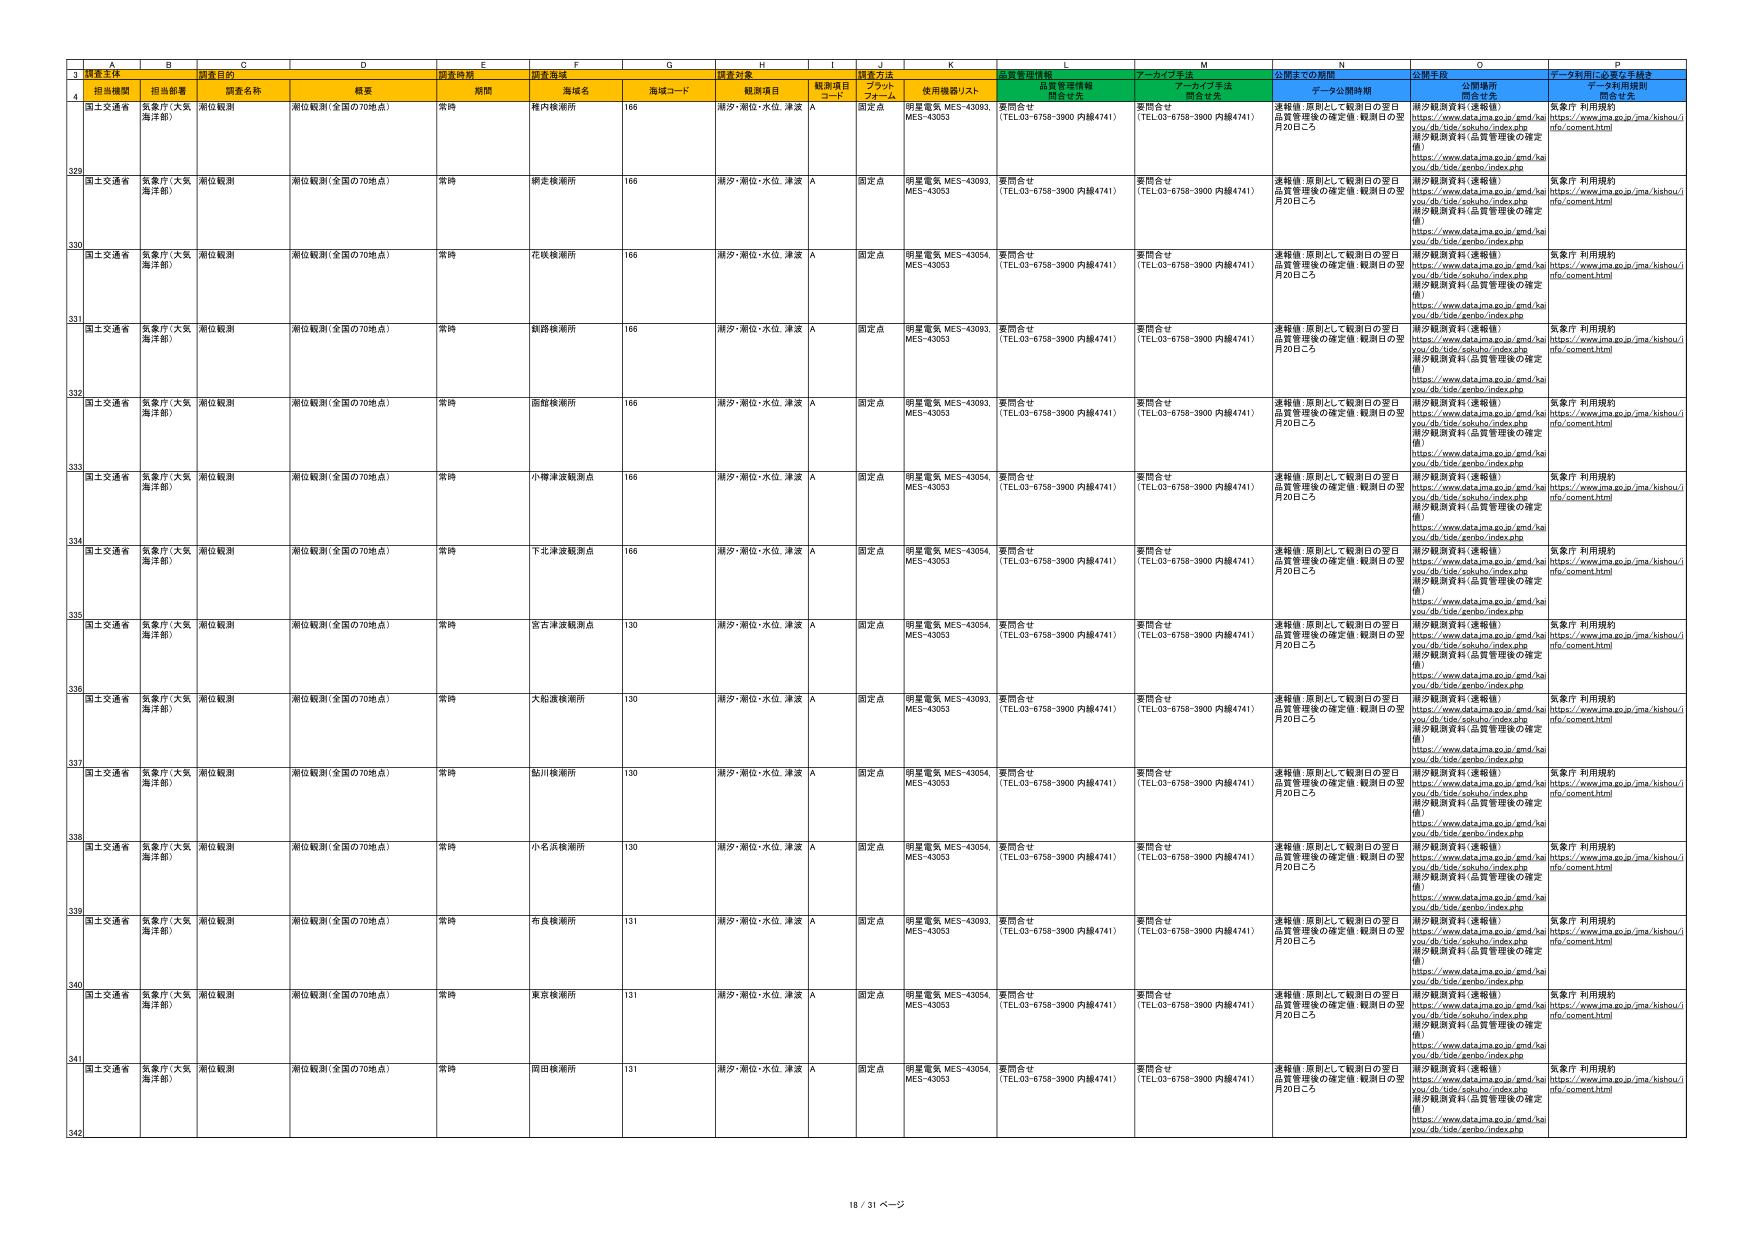
3 観測主体 調査目的 調査時期 調査海域 調査対象 調査方法 品質管理情報 アーカイブ手法 公開までの期間 公開手段 データ利用に必要な手続き
4 担当機関 担当部署 調査名称 概要 期間 海域名 海域コード 観測項目 観測項目 コード ブラック フォール 使用機器リスト 問合せ先 問合せ先 問合せ先 問合せ先
329 国土交通省 気象庁（大阪海洋部） 潮位観測 潮位観測（全国の70地点） 常時 梅内検潮所 166 潮汐・潮位・水位、津波 A 固定点 明星電気 MES-43093 MES-43053 要問合せ （TEL03-6758-3900 内線4741） 要問合せ （TEL03-6758-3900 内線4741） 連絡後、原則として観測日の翌日品質管理後の確定値、観測日の翌月20日ごろ 潮汐観測資料（速報値） https://www.data.jma.go.jp/gmd/ha you/db/tide/sokuhu/index.php 潮汐観測資料（品質管理後の確定値） https://www.data.jma.go.jp/gmd/ha you/db/tide/zenbo/index.php 気象庁 利用規約 https://www.jma.go.jp/jma/kishou/i nfo/comment.html
330 国土交通省 気象庁（大阪海洋部） 潮位観測 潮位観測（全国の70地点） 常時 網走検潮所 166 潮汐・潮位・水位、津波 A 固定点 明星電気 MES-43093 MES-43053 要問合せ （TEL03-6758-3900 内線4741） 要問合せ （TEL03-6758-3900 内線4741） 連絡後、原則として観測日の翌日品質管理後の確定値、観測日の翌月20日ごろ 潮汐観測資料（速報値） https://www.data.jma.go.jp/gmd/ha you/db/tide/sokuhu/index.php 潮汐観測資料（品質管理後の確定値） https://www.data.jma.go.jp/gmd/ha you/db/tide/zenbo/index.php 気象庁 利用規約 https://www.jma.go.jp/jma/kishou/i nfo/comment.html
331 国土交通省 気象庁（大阪海洋部） 潮位観測 潮位観測（全国の70地点） 常時 花咲検潮所 166 潮汐・潮位・水位、津波 A 固定点 明星電気 MES-43054 MES-43053 要問合せ （TEL03-6758-3900 内線4741） 要問合せ （TEL03-6758-3900 内線4741） 連絡後、原則として観測日の翌日品質管理後の確定値、観測日の翌月20日ごろ 潮汐観測資料（速報値） https://www.data.jma.go.jp/gmd/ha you/db/tide/sokuhu/index.php 潮汐観測資料（品質管理後の確定値） https://www.data.jma.go.jp/gmd/ha you/db/tide/zenbo/index.php 気象庁 利用規約 https://www.jma.go.jp/jma/kishou/i nfo/comment.html
332 国土交通省 気象庁（大阪海洋部） 潮位観測 潮位観測（全国の70地点） 常時 鉢路検潮所 166 潮汐・潮位・水位、津波 A 固定点 明星電気 MES-43093 MES-43053 要問合せ （TEL03-6758-3900 内線4741） 要問合せ （TEL03-6758-3900 内線4741） 連絡後、原則として観測日の翌日品質管理後の確定値、観測日の翌月20日ごろ 潮汐観測資料（速報値） https://www.data.jma.go.jp/gmd/ha you/db/tide/sokuhu/index.php 潮汐観測資料（品質管理後の確定値） https://www.data.jma.go.jp/gmd/ha you/db/tide/zenbo/index.php 気象庁 利用規約 https://www.jma.go.jp/jma/kishou/i nfo/comment.html
333 国土交通省 気象庁（大阪海洋部） 潮位観測 潮位観測（全国の70地点） 常時 面財検潮所 166 潮汐・潮位・水位、津波 A 固定点 明星電気 MES-43093 MES-43053 要問合せ （TEL03-6758-3900 内線4741） 要問合せ （TEL03-6758-3900 内線4741） 連絡後、原則として観測日の翌日品質管理後の確定値、観測日の翌月20日ごろ 潮汐観測資料（速報値） https://www.data.jma.go.jp/gmd/ha you/db/tide/sokuhu/index.php 潮汐観測資料（品質管理後の確定値） https://www.data.jma.go.jp/gmd/ha you/db/tide/zenbo/index.php 気象庁 利用規約 https://www.jma.go.jp/jma/kishou/i nfo/comment.html
334 国土交通省 気象庁（大阪海洋部） 潮位観測 潮位観測（全国の70地点） 常時 小樽津波観測点 166 潮汐・潮位・水位、津波 A 固定点 明星電気 MES-43054 MES-43053 要問合せ （TEL03-6758-3900 内線4741） 要問合せ （TEL03-6758-3900 内線4741） 連絡後、原則として観測日の翌日品質管理後の確定値、観測日の翌月20日ごろ 潮汐観測資料（速報値） https://www.data.jma.go.jp/gmd/ha you/db/tide/sokuhu/index.php 潮汐観測資料（品質管理後の確定値） https://www.data.jma.go.jp/gmd/ha you/db/tide/zenbo/index.php 気象庁 利用規約 https://www.jma.go.jp/jma/kishou/i nfo/comment.html
335 国土交通省 気象庁（大阪海洋部） 潮位観測 潮位観測（全国の70地点） 常時 下北津波観測点 166 潮汐・潮位・水位、津波 A 固定点 明星電気 MES-43054 MES-43053 要問合せ （TEL03-6758-3900 内線4741） 要問合せ （TEL03-6758-3900 内線4741） 連絡後、原則として観測日の翌日品質管理後の確定値、観測日の翌月20日ごろ 潮汐観測資料（速報値） https://www.data.jma.go.jp/gmd/ha you/db/tide/sokuhu/index.php 潮汐観測資料（品質管理後の確定値） https://www.data.jma.go.jp/gmd/ha you/db/tide/zenbo/index.php 気象庁 利用規約 https://www.jma.go.jp/jma/kishou/i nfo/comment.html
336 国土交通省 気象庁（大阪海洋部） 潮位観測 潮位観測（全国の70地点） 常時 宮古津波観測点 130 潮汐・潮位・水位、津波 A 固定点 明星電気 MES-43054 MES-43053 要問合せ （TEL03-6758-3900 内線4741） 要問合せ （TEL03-6758-3900 内線4741） 連絡後、原則として観測日の翌日品質管理後の確定値、観測日の翌月20日ごろ 潮汐観測資料（速報値） https://www.data.jma.go.jp/gmd/ha you/db/tide/sokuhu/index.php 潮汐観測資料（品質管理後の確定値） https://www.data.jma.go.jp/gmd/ha you/db/tide/zenbo/index.php 気象庁 利用規約 https://www.jma.go.jp/jma/kishou/i nfo/comment.html
337 国土交通省 気象庁（大阪海洋部） 潮位観測 潮位観測（全国の70地点） 常時 大和渡検潮所 130 潮汐・潮位・水位、津波 A 固定点 明星電気 MES-43093 MES-43053 要問合せ （TEL03-6758-3900 内線4741） 要問合せ （TEL03-6758-3900 内線4741） 連絡後、原則として観測日の翌日品質管理後の確定値、観測日の翌月20日ごろ 潮汐観測資料（速報値） https://www.data.jma.go.jp/gmd/ha you/db/tide/sokuhu/index.php 潮汐観測資料（品質管理後の確定値） https://www.data.jma.go.jp/gmd/ha you/db/tide/zenbo/index.php 気象庁 利用規約 https://www.jma.go.jp/jma/kishou/i nfo/comment.html
338 国土交通省 気象庁（大阪海洋部） 潮位観測 潮位観測（全国の70地点） 常時 鮎川検潮所 130 潮汐・潮位・水位、津波 A 固定点 明星電気 MES-43054 MES-43053 要問合せ （TEL03-6758-3900 内線4741） 要問合せ （TEL03-6758-3900 内線4741） 連絡後、原則として観測日の翌日品質管理後の確定値、観測日の翌月20日ごろ 潮汐観測資料（速報値） https://www.data.jma.go.jp/gmd/ha you/db/tide/sokuhu/index.php 潮汐観測資料（品質管理後の確定値） https://www.data.jma.go.jp/gmd/ha you/db/tide/zenbo/index.php 気象庁 利用規約 https://www.jma.go.jp/jma/kishou/i nfo/comment.html
339 国土交通省 気象庁（大阪海洋部） 潮位観測 潮位観測（全国の70地点） 常時 小名浜検潮所 130 潮汐・潮位・水位、津波 A 固定点 明星電気 MES-43054 MES-43053 要問合せ （TEL03-6758-3900 内線4741） 要問合せ （TEL03-6758-3900 内線4741） 連絡後、原則として観測日の翌日品質管理後の確定値、観測日の翌月20日ごろ 潮汐観測資料（速報値） https://www.data.jma.go.jp/gmd/ha you/db/tide/sokuhu/index.php 潮汐観測資料（品質管理後の確定値） https://www.data.jma.go.jp/gmd/ha you/db/tide/zenbo/index.php 気象庁 利用規約 https://www.jma.go.jp/jma/kishou/i nfo/comment.html
340 国土交通省 気象庁（大阪海洋部） 潮位観測 潮位観測（全国の70地点） 常時 布良検潮所 131 潮汐・潮位・水位、津波 A 固定点 明星電気 MES-43093 MES-43053 要問合せ （TEL03-6758-3900 内線4741） 要問合せ （TEL03-6758-3900 内線4741） 連絡後、原則として観測日の翌日品質管理後の確定値、観測日の翌月20日ごろ 潮汐観測資料（速報値） https://www.data.jma.go.jp/gmd/ha you/db/tide/sokuhu/index.php 潮汐観測資料（品質管理後の確定値） https://www.data.jma.go.jp/gmd/ha you/db/tide/zenbo/index.php 気象庁 利用規約 https://www.jma.go.jp/jma/kishou/i nfo/comment.html
341 国土交通省 気象庁（大阪海洋部） 潮位観測 潮位観測（全国の70地点） 常時 東京検潮所 131 潮汐・潮位・水位、津波 A 固定点 明星電気 MES-43054 MES-43053 要問合せ （TEL03-6758-3900 内線4741） 要問合せ （TEL03-6758-3900 内線4741） 連絡後、原則として観測日の翌日品質管理後の確定値、観測日の翌月20日ごろ 潮汐観測資料（速報値） https://www.data.jma.go.jp/gmd/ha you/db/tide/sokuhu/index.php 潮汐観測資料（品質管理後の確定値） https://www.data.jma.go.jp/gmd/ha you/db/tide/zenbo/index.php 気象庁 利用規約 https://www.jma.go.jp/jma/kishou/i nfo/comment.html
342 国土交通省 気象庁（大阪海洋部） 潮位観測 潮位観測（全国の70地点） 常時 岡田検潮所 131 潮汐・潮位・水位、津波 A 固定点 明星電気 MES-43054 MES-43053 要問合せ （TEL03-6758-3900 内線4741） 要問合せ （TEL03-6758-3900 内線4741） 連絡後、原則として観測日の翌日品質管理後の確定値、観測日の翌月20日ごろ 潮汐観測資料（速報値） https://www.data.jma.go.jp/gmd/ha you/db/tide/sokuhu/index.php 潮汐観測資料（品質管理後の確定値） https://www.data.jma.go.jp/gmd/ha you/db/tide/zenbo/index.php 気象庁 利用規約 https://www.jma.go.jp/jma/kishou/i nfo/comment.html
18 / 31 ページ